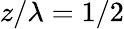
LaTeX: z/\lambda=1/2